Report on vaccination in Madras 1922-1929 - 1922-1929
Year: 1922
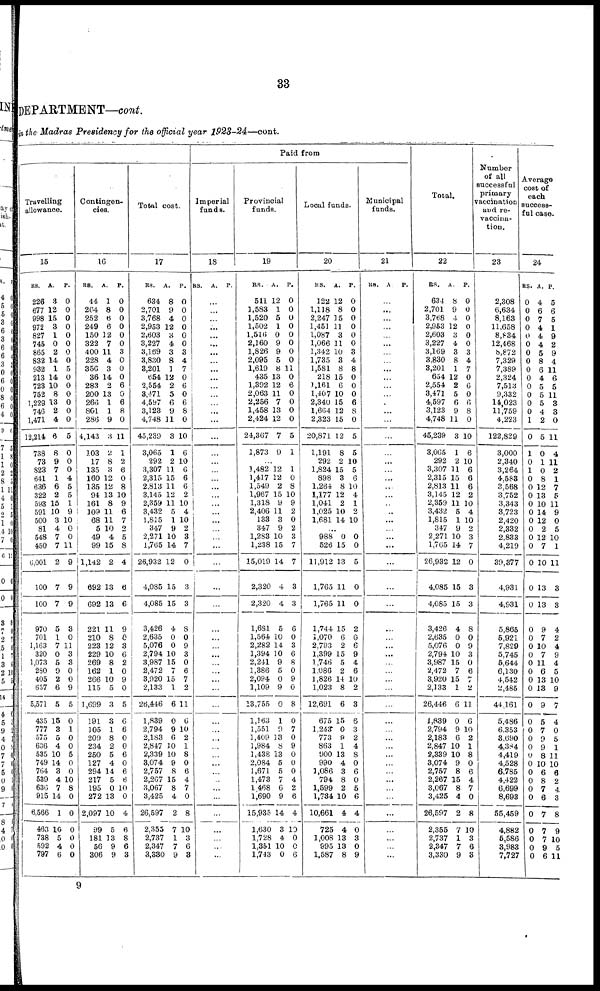
33
DEPARTMENT—cont.
i
n the Madras Presidency for the official year 1923-24—cont.
Paid from
Travelling
allowance.
15
RS.
226
677
998
972
827
745
865
832
932
213
723
752
1,229
746
1,471
12,214
738
73
823
641
636
322
593
591
500
81
548
450
6,001
100
100
970
701
1,163
320
1,073
280
405
657
5,571
435
777
575
636
535
749
764
539
630
915
6,566
463
738
592
797
A.
3
12
15
3
1
0
2
14
1
14
10
8
13
2
4
6
8
9
7
1
6
2
15
10
3
4
7
7
2
7
7
5
1
7
0
5
0
2
6
5
15
3
5
4
10
14
3
4
7
14
1
10
5
4
6
P.
0
0
0
0
0
0
0
0
5
0
0
0
0
0
0
5
0
0
0
4
5
5
1
9
10
0
0
11
9
9
9
3
0
11
3
8
0
0
9
5
0
1
0
0
5
0
0
10
8
0
0
0
0
0
0
Contingen-
cies.
16
RS.
44
264
252
249
150
322
400
228
356
36
283
200
266
801
286
4,143
103
17
135
160
135
94
161
109
68
5
49
99
1,142
692
692
221
210
223
229
269
162
266
115
1,699
191
105
209
234
250
127
294
217
195
272
2,097
99
181
56
306
A.
1
8
6
6
12
7
11
4
3
14
2
13
1
1
9
3
2
8
3
12
12
13
8
11
11
10
4
15
2
13
13
11
8
12
10
8
1
10
5
3
3
1
8
2
5
4
14
5
0
13
10
5
13
9
9
P.
0
0
0
0
0
0
3
0
0
0
6
0
6
8
0
11
1
2
6
0
8
10
9
6
7
2
5
8
4
6
6
9
0
3
6
2
0
9
0
5
6
6
0
0
6
0
6
6
10
0
4
6
8
6
3
Total cost.
17
RS.
634
2,701
3,768
2,953
2,603
3,227
3,169
3,830
3,201
654
2,554
3,471
4,597
3,123
4,748
45,239
3,065
292
3,307
2,315
2,813
3,145
2,359
3,432
1,815
347
2,271
1,765
26,932
4,085
4,085
3,426
2,635
5,076
2,794
3,987
2,472
3,920
2,133
26,446
1,839
2,794
2,183
2,847
2,339
3,074
2,757
2,267
3,067
3,425
26,597
2,355
2,737
2,347
3,330
A.
8
9
4
12
3
4
3
8
1
12
2
5
6
9
11
3
1
2
11
15
11
12
11
5
1
9
10
14
12
15
15
4
0
0
10
15
7
15
1
6
0
9
6
10
10
9
8
15
8
4
2
7
1
7
9
P.
0
0
0
0
0
0
3
4
7
0
6
0
6
8
0
10
6
10
6
6
6
2
10
4
10
2
3
7
0
3
3
8
0
9
3
0
6
7
2
11
6
10
2
1
8
0
6
4
7
0
8
10
3
6
3
Imperial
funds.
18
RS. A. P.
...
...
...
...
...
...
...
...
...
...
...
...
...
...
...
...
...
...
...
...
...
...
...
...
...
...
...
...
...
...
...
...
...
...
...
...
...
...
...
...
...
...
...
...
...
...
...
...
...
...
...
...
...
...
...
Provincial
funds.
19
RS.
511
1,583
1,520
1,502
1,516
2,160
1,826
2,095
1,619
435
1,392
2,063
2,256
1,458
2,424
24,367
1,873
A.
12
1
5
1
0
9
9
5
8
13
12
11
7
13
12
7
0
P.
0
0
0
0
0
0
0
0
11
0
6
0
0
0
0
5
1
...
1,482
1,417
1,549
1,967
1,318
2,406
133
347
1,283
1,238
15,019
2,320
2,320
1,681
1,564
2,282
1,394
2,241
1,386
2,094
1,109
13,755
1,163
1,551
1,409
1,984
1,438
2,084
1,671
1,473
1,468
1,690
15,935
1,630
1,728
1,351
1,743
12
12
2
15
9
11
3
9
10
15
14
4
4
5
10
14
10
9
5
0
9
0
1
9
13
8
13
5
5
7
6
9
14
3
4
10
0
1
0
8
10
9
2
0
2
3
7
7
3
3
6
0
3
6
8
0
9
0
8
0
7
0
9
0
0
0
4
2
6
4
10
0
0
6
Local funds.
20
RS.
122
1,118
2,247
1,451
1,087
1,066
1,342
1,735
1,581
218
1,161
1,407
2,340
1,664
2,323
20,871
1,191
292
1,824
898
1,264
1,177
1,041
1,025
1,681
A.
12
8
15
11
3
11
10
8
8
15
6
10
15
12
15
12
8
2
15
3
8
12
2
10
14
P.
0
0
0
0
0
0
3
4
8
0
0
0
6
8
0
5
5
10
5
6
10
4
1
2
10
...
988
526
11,912
1,765
1,765
1,744
1,070
2,793
1,399
1,746
1,086
1,826
1,023
12,691
675
1,243
773
863
900
990
1,086
794
1,599
1,784
10,661
725
1,008
995
1,587
0
15
13
11
11
15
6
2
15
5
2
14
8
6
15
0
9
1
13
4
3
8
2
10
4
4
13
13
8
0
0
5
0
0
2
0
6
9
4
6
10
2
3
6
3
2
4
8
0
6
0
5
6
4
0
3
0
9
Municipal
funds.
21
RS. A P.
...
...
...
...
...
...
...
...
...
...
...
...
...
...
...
...
...
...
...
...
...
...
...
...
...
...
...
...
...
...
...
...
...
...
...
...
...
...
...
...
...
...
...
...
...
...
...
...
...
...
...
...
...
...
...
Total.
22
RS.
634
2,701
3,768
2,953
2,603
3,227
3,169
3,830
8,201
654
2,554
3,471
4,597
3,123
4,748
45,239
3,065
292
3,307
2,315
2,813
3,145
2,359
3,432
1,815
347
2,271
1,765
26,932
4,085
4,085
3,426
2,635
5,076
2,794
3,987
2,472
3,920
2,133
26,446
1,839
2,794
2,183
2,847
2,339
3,074
2,757
2,267
3,067
3,425
26,597
2,355
2,737
2,347
3,330
A.
8
0
4
12
3
4
3
8
1
12
2
5
6
9
11
3
1
2
11
15
11
12
11
5
1
9
10
14
12
15
15
4
0
0
10
15
7
15
1
6
0
9
6
10
10
9
8
15
8
4
2
7
1
7
9
P.
0
0
0
0
0
0
3
4
7
0
6
0
6
8
0
10
6
10
6
6
6
2
10
4
10
2
3
7
0
3
3
8
0
9
3
0
6
7
2
11
6
10
2
1
8
0
6
4
7
0
8
10
3
6
8
Number
of all
successful
primary
vaccination
and re-
vaccina-
tion.
23
2,308
6,634
8,163
11,658
8,834
12,468
8,872
7,329
7,389
2,324
7,513
9,332
14,023
11,759
4,223
122,829
3,000
2,340
3,264
4,583
3,568
3,752
3,343
3,723
2,420
2,332
2,833
4,219
39,377
4,931
4,931
5,865
5,921
7,829
5,745
5,644
6,130
4,542
2,485
44,161
5,486
6,353
3,690
4,384
4,419
4,528
6,785
4,422
6,699
8,693
55,459
4,882
5,586
3,983
7,727
Average
cost of
each
success-
ful case.
24
RS.
0
0
0
0
0
0
0
0
0
0
0
0
0
0
1
0
1
0
1
0
0
0
0
0
0
0
0
0
0
0
0
0
0
0
0
0
0
0
0
0
0
0
0
0
0
0
0
0
0
0
0
0
0
0
0
A.
4
6
7
4
4
4
5
8
6
4
5
5
5
4
2
5
0
1
0
8
12
13
10
14
12
2
12
7
10
13
13
9
7
10
7
11
6
13
13
9
5
7
9
9
8
10
6
8
7
6
7
7
7
9
6
P.
5
6
5
1
9
2
9
4
11
6
5
11
3
3
0
11
4
11
2
1
7
5
11
9
0
5
10
1
11
3
3
4
2
4
9
4
5
10
9
7
4
0
5
1
11
10
6
2
4
3
8
9
10
5
11
9